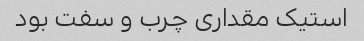
استیک مقداری چرب و سفت بود